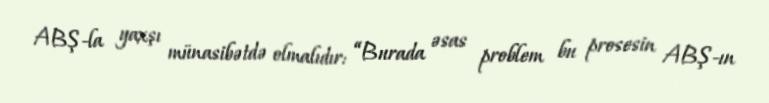
ABŞ-la yaxşı münasibətdə olmalıdır: “Burada əsas problem bu prosesin ABŞ-ın